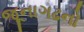
જૂનાગઢનો